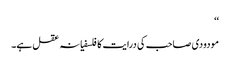
‘‘
مودودی صاحب کی درایت کا فلسفیانہ عقل ہے۔